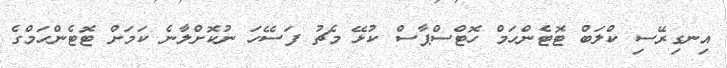
އިނގިރޭސި ކްލަބް ޓޮޓެންހަމް ހޮޓްސްޕާސް ކުޅޭ މެޗު ފަސޭހަ ނުކޮށްލާނެ ކަމަށް ޓޮޓެންހަމްގެ